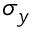
\sigma _ { y }